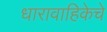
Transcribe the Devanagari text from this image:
धारावाहिकेचे